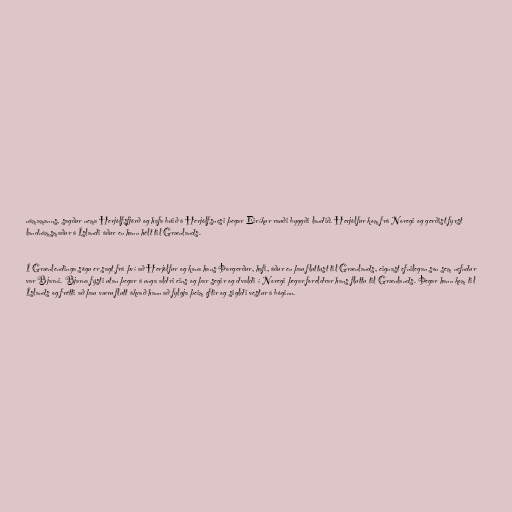
námamanns, sagður nema Herjólfsfjörð og hafa búið á Herjólfsnesi þegar Eiríkur rauði byggði landið. Herjólfur kom frá Noregi og gerðist fyrst
landnámsmaður á Íslandi áður en hann hélt til Grænlands.

Í Grænlendinga sögu er sagt frá því að Herjólfur og kona hans Þorgerður, hafi, áður en þau fluttust til Grænlands, eignast efnilegan son sem nefndur
var Bjarni. Bjarna fýsti utan þegar á unga aldri eins og þar segir og dvaldi í Noregi þegar foreldrar hans fluttu til Grænlands. Þegar hann kom til
Íslands og frétti að þau væru flutt ákvað hann að fylgja þeim eftir og sigldi vestur á bóginn.